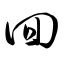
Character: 回